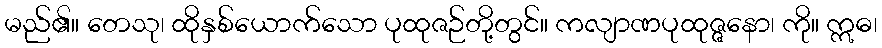
မည်၏။ တေသု၊ ထိုနှစ်ယောက်သော ပုထုဇဉ်တို့တွင်။ ကလျာဏပုထုဇ္ဇနော၊ ကို။ ဣဓ၊